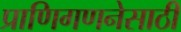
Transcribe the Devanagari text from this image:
प्राणिगणनेसाठी